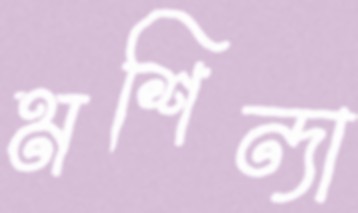
মশিন্দা